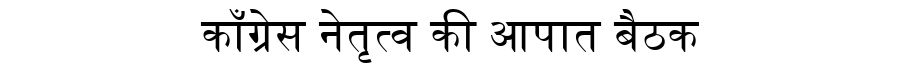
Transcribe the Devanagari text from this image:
काँग्रेस नेतृत्व की आपात बैठक